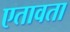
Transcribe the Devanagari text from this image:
एतावता